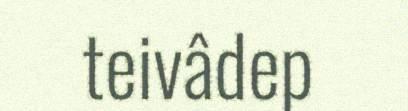
teivâdep